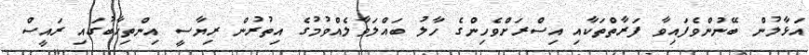
އަޅާލުން ބޭނުންވެފައިވާ ފަރާތްތަކާއި އިސްރަށްވެހިންގެ ހާލު ބައްލަވާލެއްވުމުގެ އިތުރުން ރިޔާސީ އިންތިޚާބުގައި ރައީސް